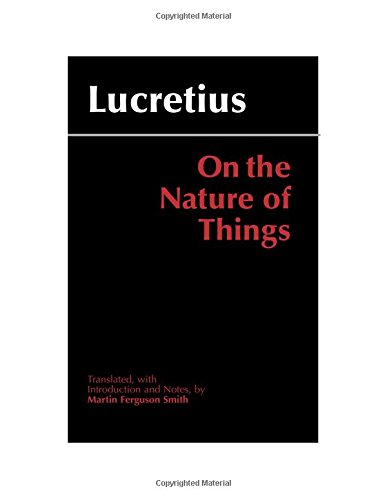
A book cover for On the Nature of Things; Lucretius; Politics & Social Sciences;